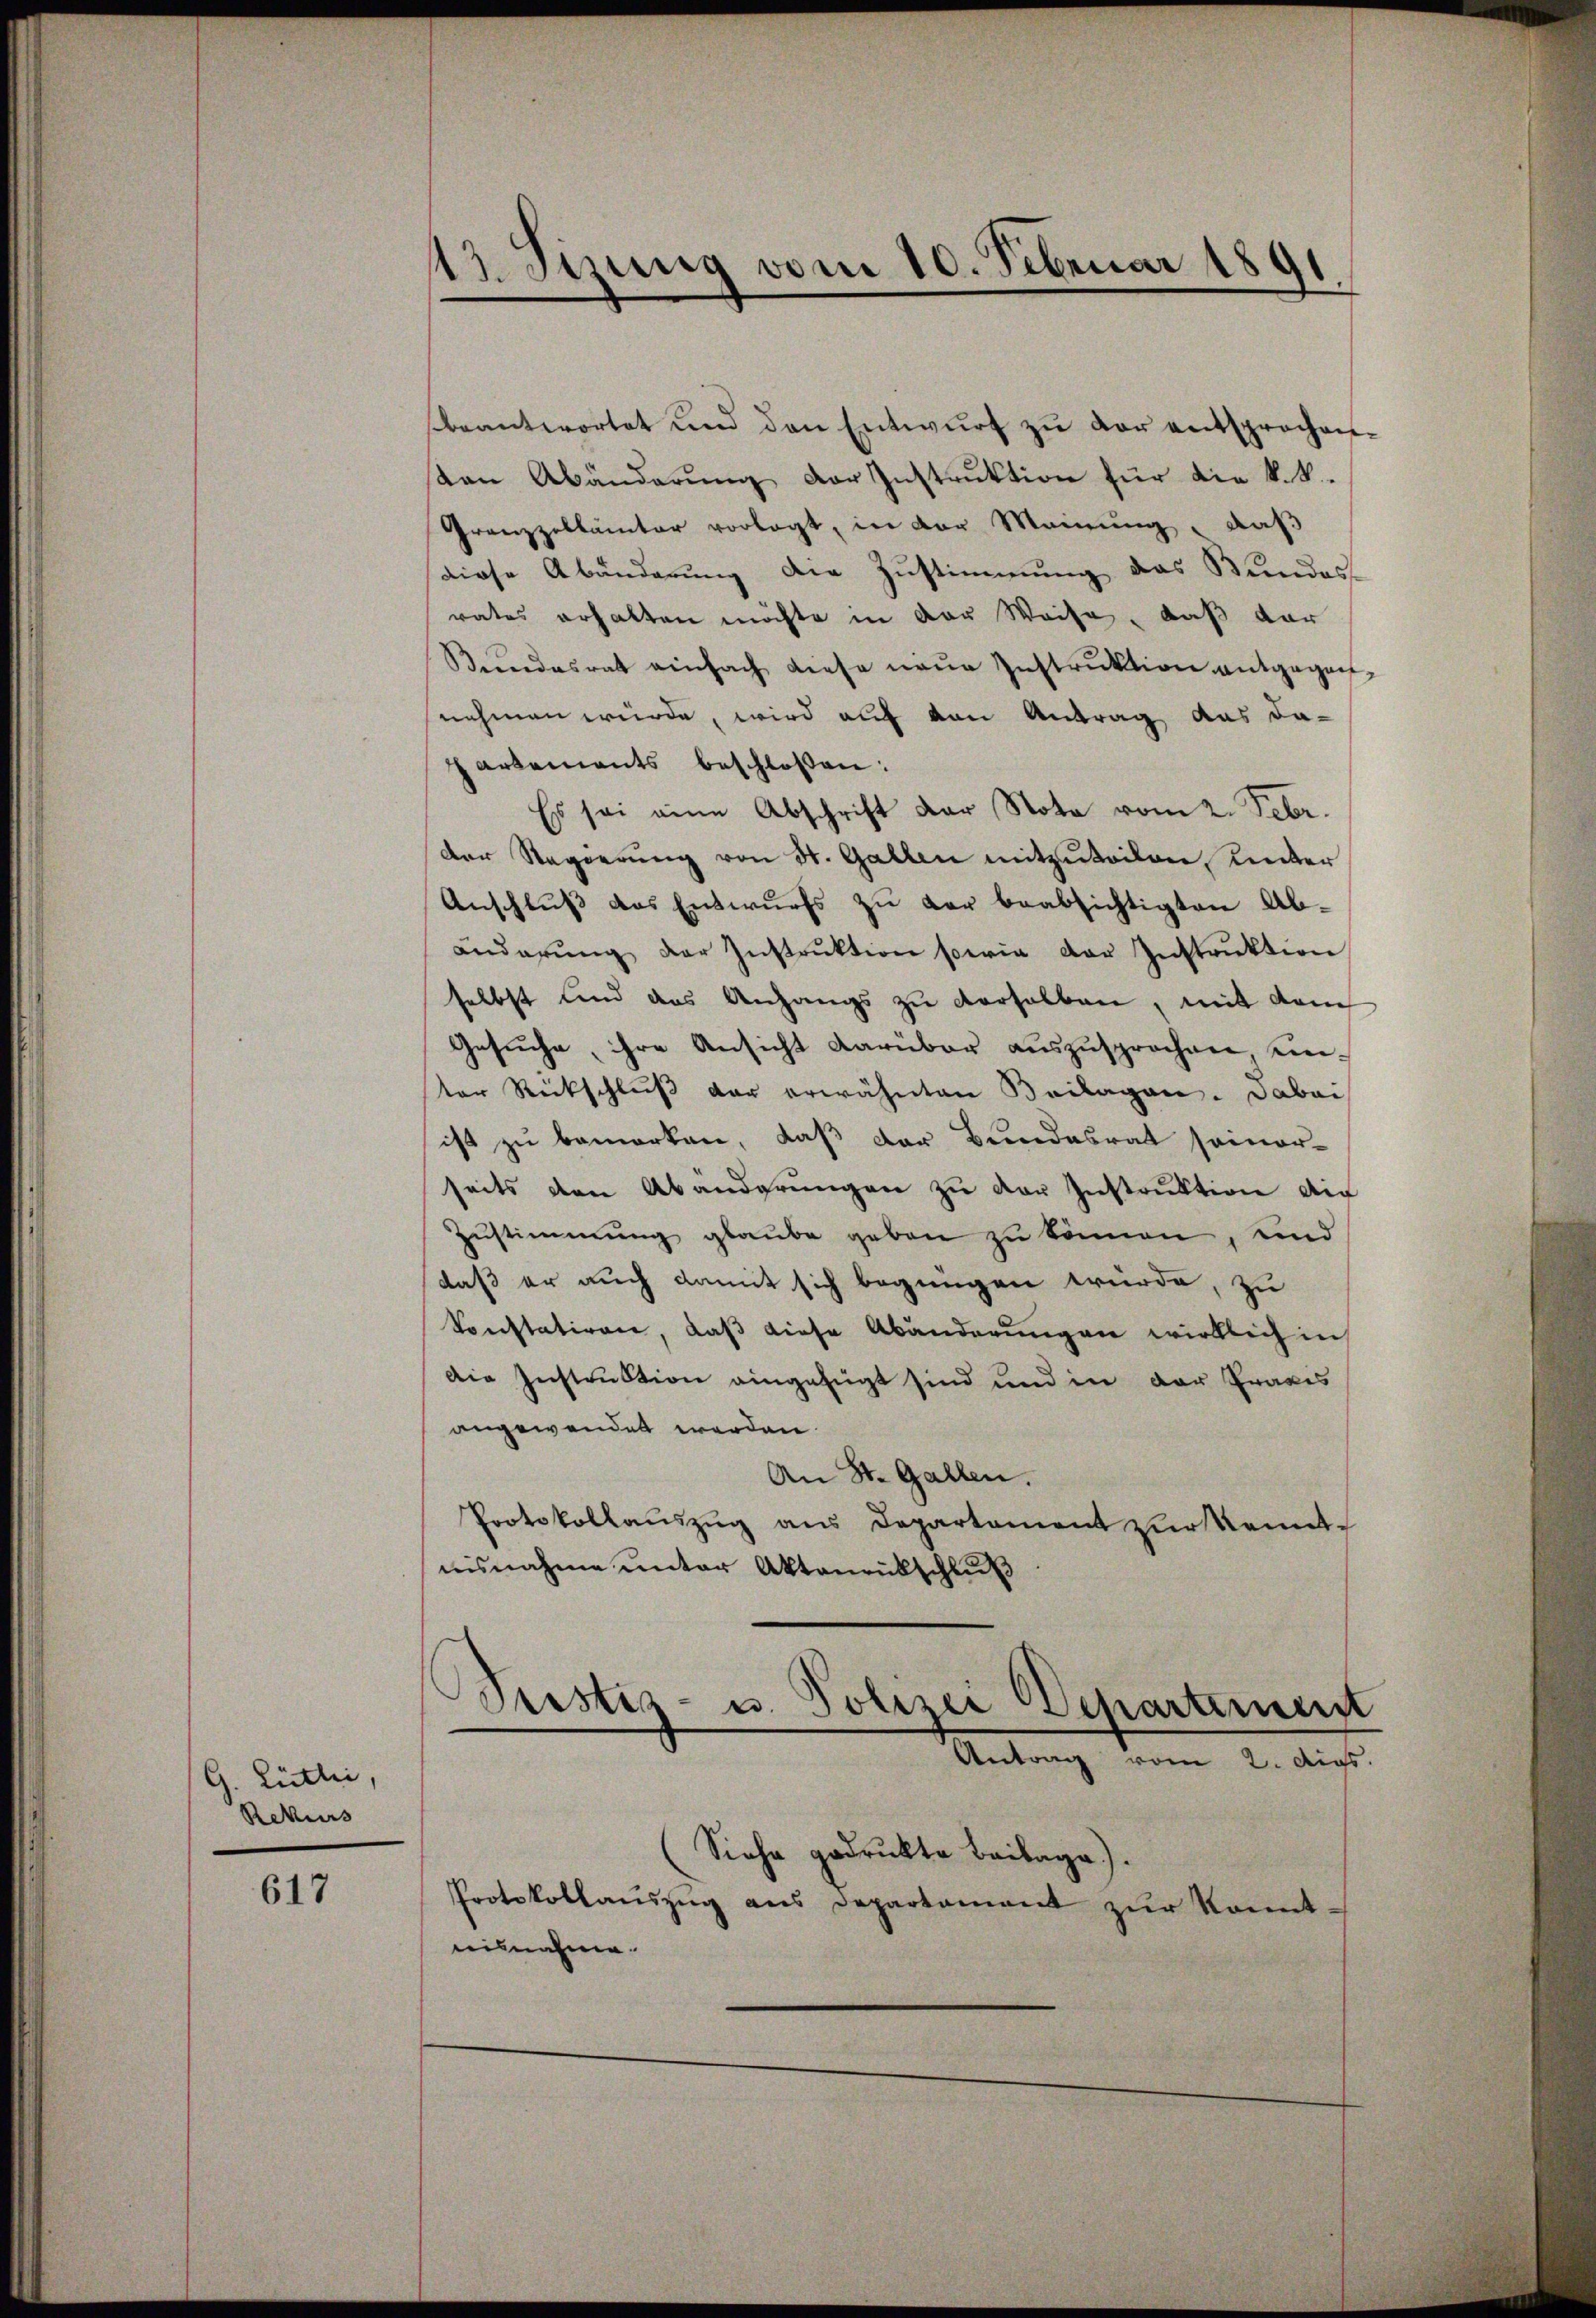
G. Lütli,
Rekurs

617

13. Sitzung vom 10. Februar 1891

beantwortet und den Entwurf zu der entsprochen.
den Abänderung der Instruktion für die k.k.
Grenzzollämter vorlegt, in der Meinung, daß
diese Abänderung die Zustimmung das Bundes-
rates erhalten möchte in der Weise, daß dar
Bŭndesrat einfach diese neŭe Instruktion entgegen-
nehmen würde, wird auf von Antrag aus da-
partements beschloßen:
Es sei eine Abschrift der Note vom 2. Febr.
der Regierŭng von St. Gallen mitzŭteilen Kinder
Anschlŭβ das Entwurfs zŭ der beabsichtigten Ab-
änderŭng der Instrŭktion sowie der Instrŭktion
selbst und das Anhangs zu derselben, mit dem
Gesŭche, ihre Ansicht darüber aŭszŭsprochen, unter Rückschluß der erwähnten Beilagen. Dabei
ist zu bemerken, daß der Bundesrat seiner-
seits den Abänderŭngen zŭ der Instruktion de
Zustimmung glaube geben zu können, und
daß er auch damit sich begnügen würde, zu
Konstatiren, daß diese Abänderungen wirklich in
Die Instruktion eingefügt sind und in der Frages
angewendet werden.
An St. Gallen.
Protokollaŭszŭg ans Departement zur Kennt-
nisnahme unter Aktenrückschluß

s
Pristiz- u. Polizei Departement
Antrag vom 2. Aus

Siehe gedruckte Beilage).
Protokollaŭszŭg ans Departament zŭr konnt-
isnahme.